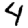
Digit: 4